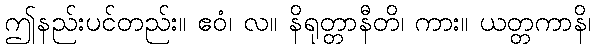
ဤနည်းပင်တည်း။ ဧဝံ၊ လ။ နိရုတ္တာနီတိ၊ ကား။ ယတ္တကာနိ၊